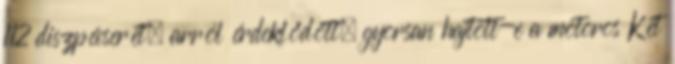
112 diszpécserét, arról érdeklődött, gyorsan hajtott-e a motoros Két